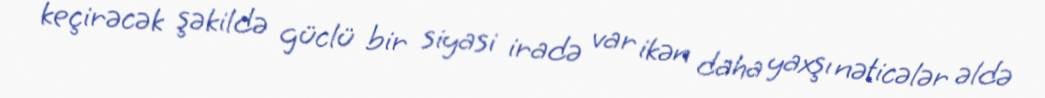
keçirəcək şəkildə güclü bir siyasi iradə var ikən daha yaxşı nəticələr əldə